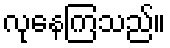
လုနေကြသည်။